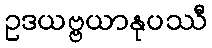
ဥဒယဗ္ဗယာနုပဿီ